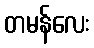
တမန်လေး